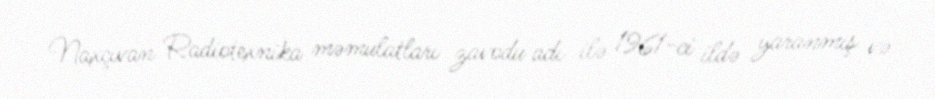
Naxçıvan Radiotexnika məmulatları zavodu adı ilə 1961-ci ildə yaranmış və